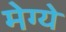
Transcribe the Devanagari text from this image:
मेग्ये